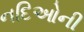
નદિઓની